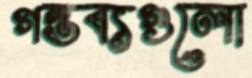
গন্তব্যগুলো